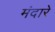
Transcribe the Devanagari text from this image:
मंदारे